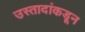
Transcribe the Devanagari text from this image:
उस्तादांकडून